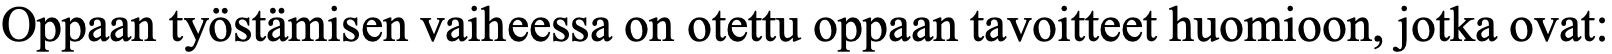
Oppaan työstämisen vaiheessa on otettu oppaan tavoitteet huomioon, jotka ovat: